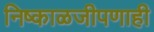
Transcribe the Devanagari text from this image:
निष्काळजीपणाही